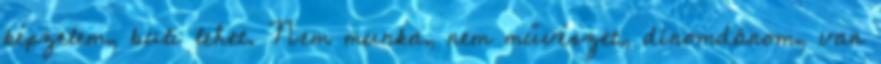
képzelem, buli lehet. Nem munka, nem művészet, dínomdánom, van